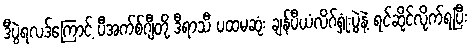
ဒီပွဲရလဒ်ကြောင့် ပီအက်စ်ဂျီတို့ ဒီရာသီ ပထမဆုံး ချန်ပီယံလိဂ်ရှုံးပွဲနဲ့ ရင်ဆိုင်လိုက်ရပြီး